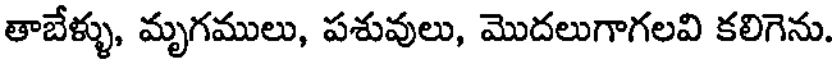
తాబేళ్ళు, మృగములు, పశువులు, మొదలుగాగలవి కలిగెను.